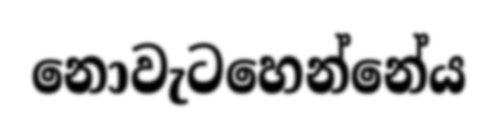
නොවැටහෙන්නේය